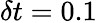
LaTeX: \delta t=0.1